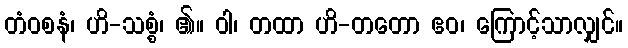
တံဝစနံ၊ ဟိ-သစ္စံ၊ ၏။ ဝါ၊ တထာ ဟိ-တတော ဧဝ၊ ကြောင့်သာလျှင်။